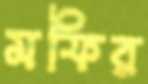
মফির